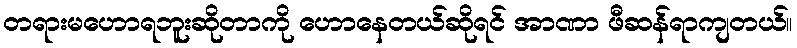
တရားမဟောရဘူးဆိုတာကို ဟောနေတယ်ဆိုရင် အာဏာ ဖီဆန်ရာကျတယ်။